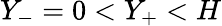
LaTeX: Y_{-}=0<Y_{+}<H